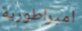
امبراطورية